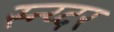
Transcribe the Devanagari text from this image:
स्न्य्दर